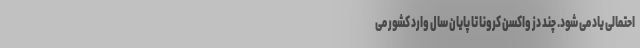
احتمالی یاد می شود. چند دُز واکسن کرونا تا پایان سال وارد کشور می